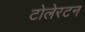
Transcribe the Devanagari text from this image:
टोलेरटन